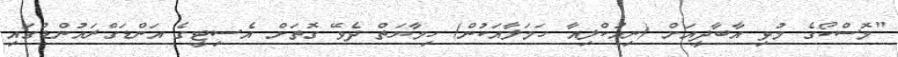
"މޮސްކޯގެ މުޅި އާބާދީއަށް (ނިއުކްލިއާ ހަމަލާއަކުން) ހިމާޔަތް ދެވޭ ގޮތަށް އެސިޓީގެ އަންޑަގްރައުންޑުގައި